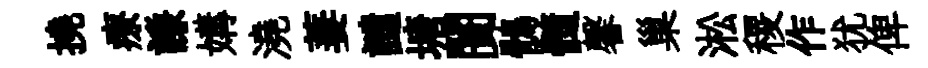
撓療謙媾澆萋譴塘闠鶻髓馨巢淞稷作犹俾